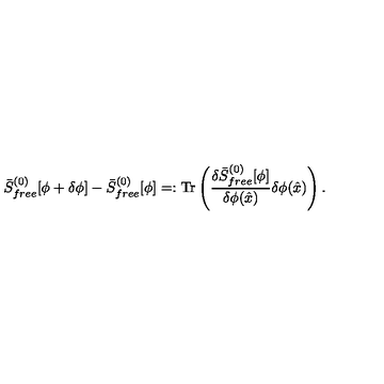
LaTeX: \bar { S } _ { f r e e } ^ { ( 0 ) } [ \phi + \delta \phi ] - \bar { S } _ { f r e e } ^ { ( 0 ) } [ \phi ] = : \mathrm { T r } \left( { \frac { \delta \bar { S } _ { f r e e } ^ { ( 0 ) } [ \phi ] } { \delta \phi ( \hat { x } ) } } \delta \phi ( \hat { x } ) \right) .